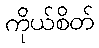
ကိုယ်စိတ်